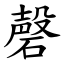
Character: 磬